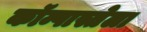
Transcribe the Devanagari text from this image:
कॉम्पास्तेला